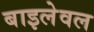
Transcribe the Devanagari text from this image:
बाइलेवल